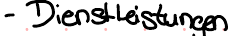
- Dienstleistungen